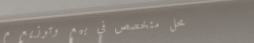
محل متخصص في بيع وتوزيع م